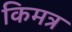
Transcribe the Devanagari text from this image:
किमत्र